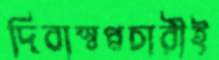
দিবাস্বপ্নচারীই